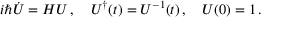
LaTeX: i \hbar { \dot { U } } = H U \, , \quad U ^ { \dagger } ( t ) = U ^ { - 1 } ( t ) \, , \quad U ( 0 ) = 1 \, .